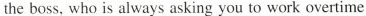
the boss, who is always asking you to work overtime